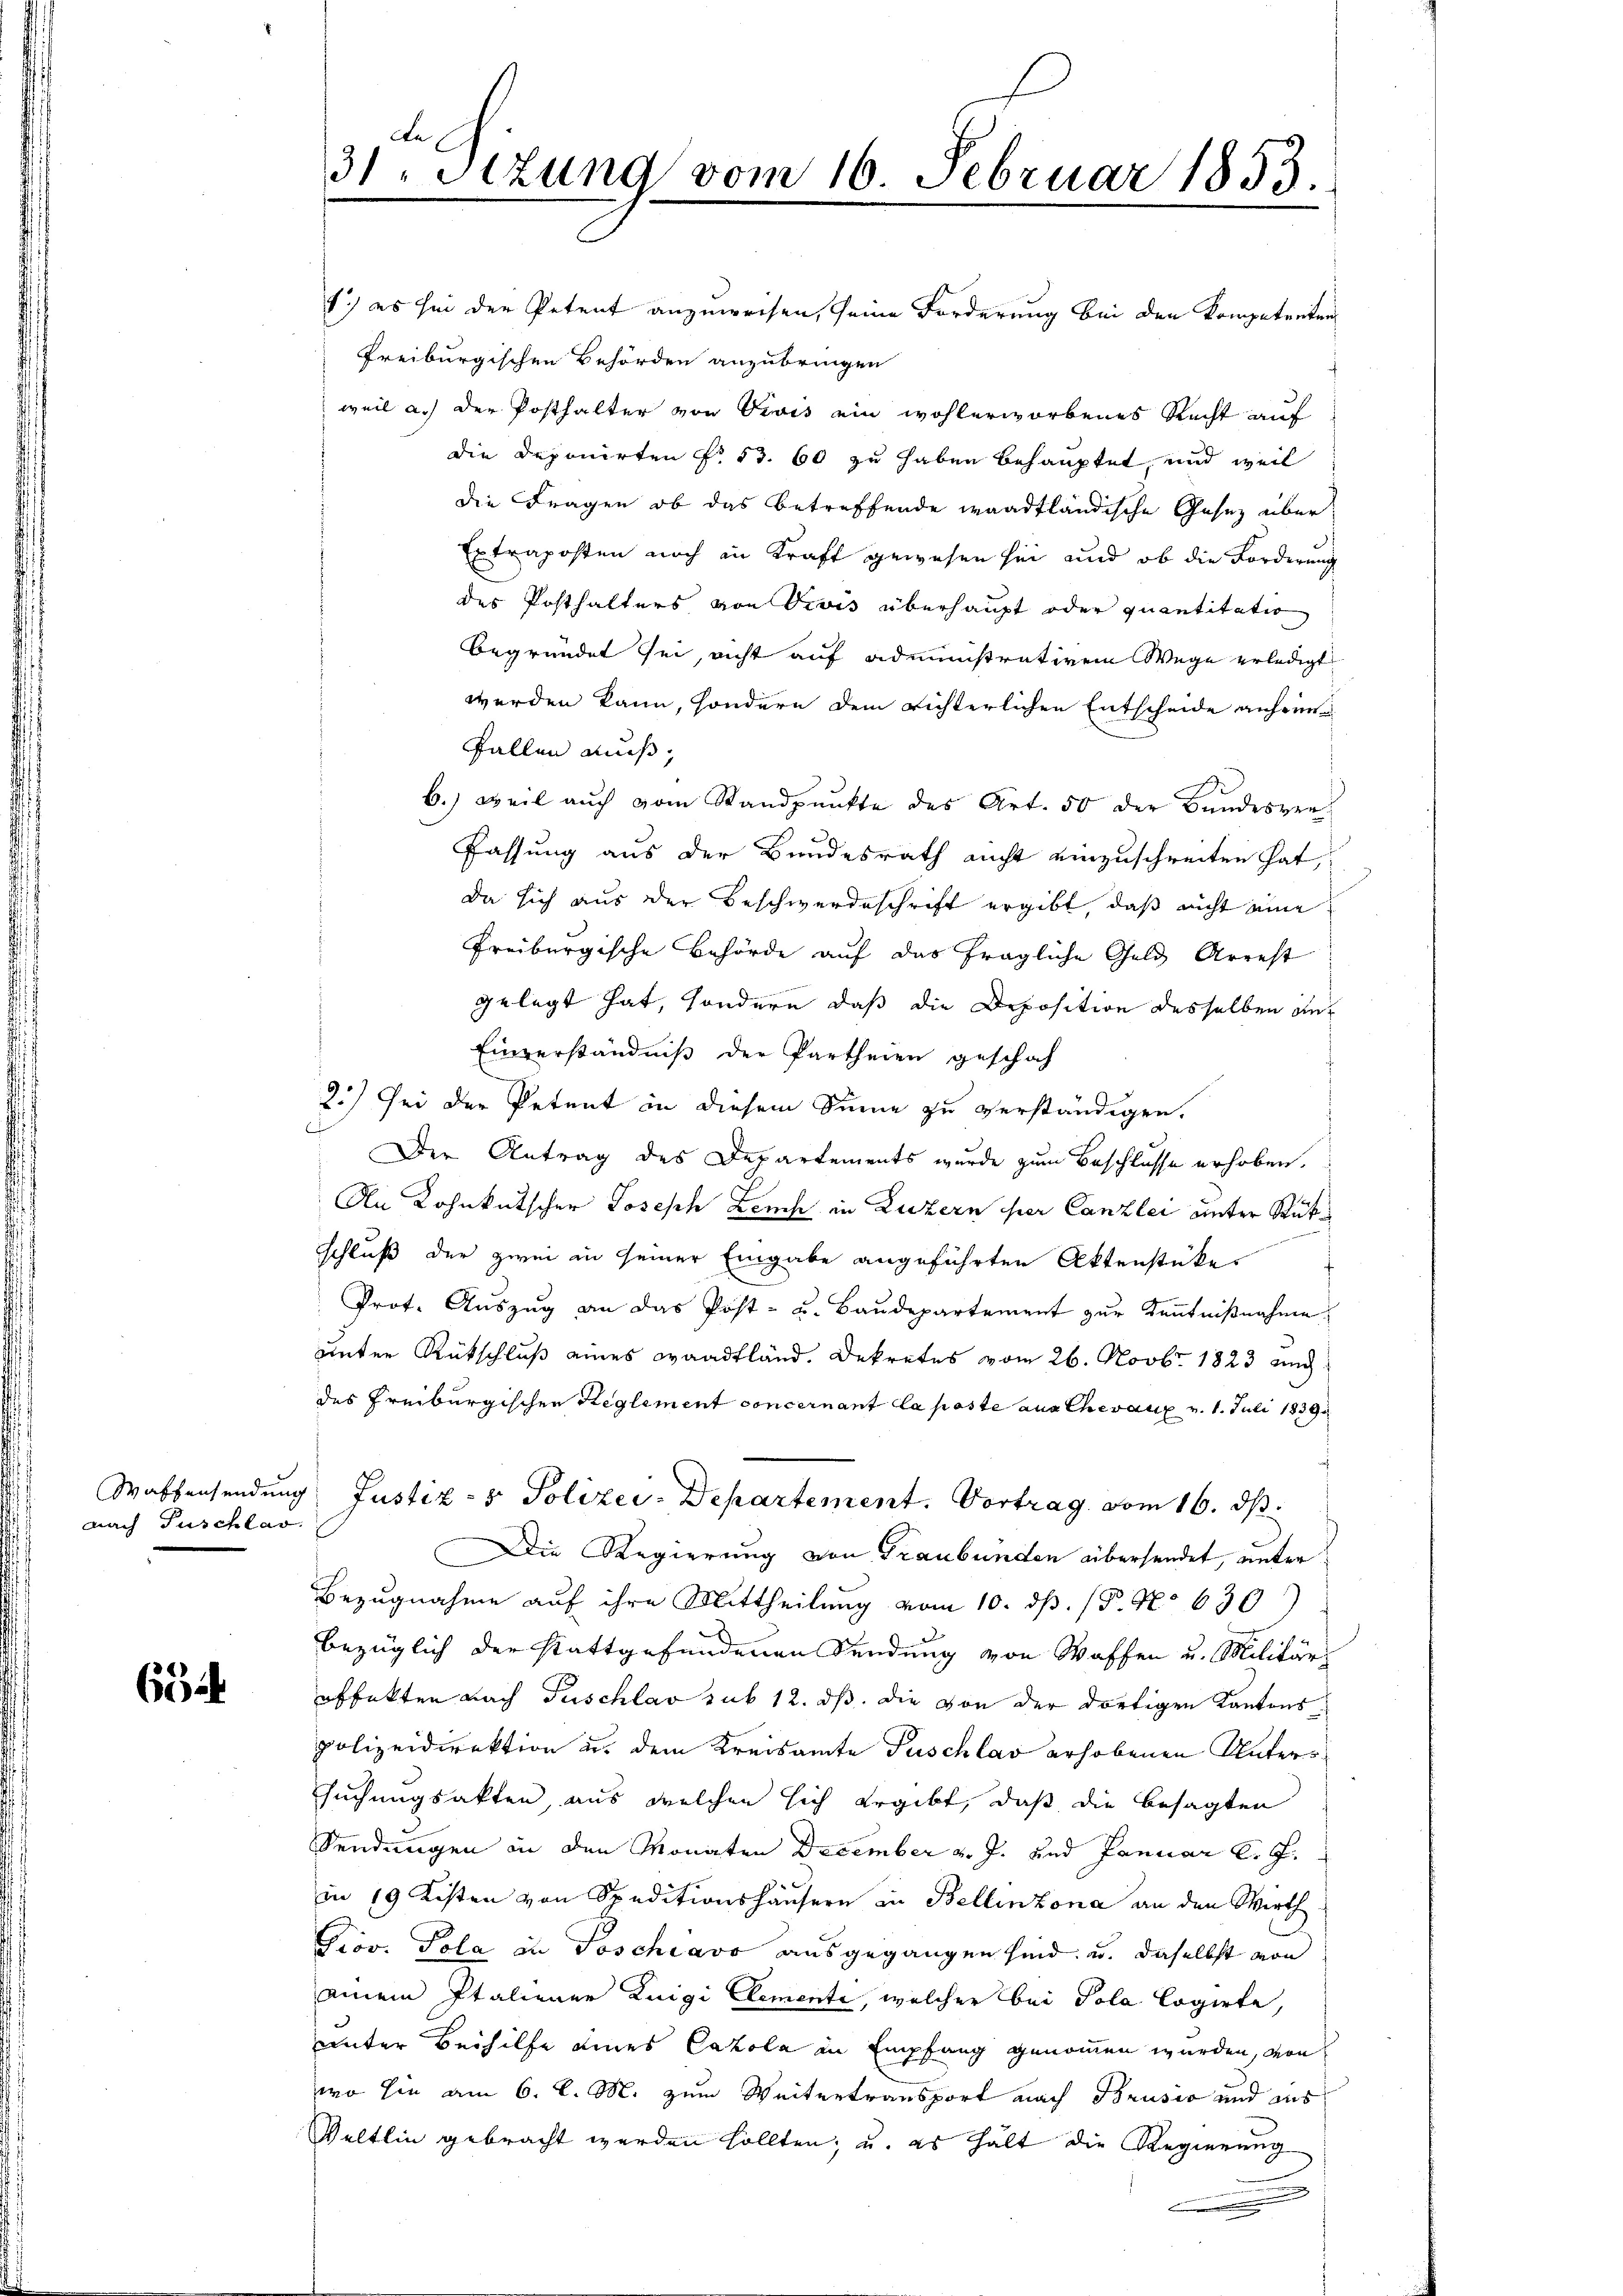
nach Puschlas

66

1) es sei der Petent anzuweisen, seine Forderung bei den kompetreten
freiburgischen Behörden anzubringen
weil a.) der Posthalter von Divis ein wohlerworbenes Recht auf
die Deponirten § 53. 60 zu haben behauptet, und weil
die Fragen, ob das betreffende waadtländische Gesez über
Extraposten noch in Kraft gewesen sei und ob die Forderung
des Posthalters von Divis überhaupt oder quantitatio
begründet sei, nicht auf administrativem Wege erledigt
werden kann, sondern dem richterlichen Entscheide anheim
Fallen muß,
b.) weil aŭch vom Standpŭnkte des Art. 50 der Bundesver-
Fassung aus der Bundesrath nicht einzuschreiten hat,
da sich aus der Beschwerdeschrift ergibt, daß nicht eine
Freiburgische Behörde auf das fragliche Geld Arrest
gelegt hat, sondern daß die Deposition desselben auf
Einverständniß der Partheien geschah
2.) Sei der Petent in diesem Sinne zu verständigen.
Der Antrag des Departements wurde zum Beschlusse erhoben.
An Lohnkutscher Joseph Leich in Luzern per Canzlei unter Rükschluß der zwei in seiner Eingabe angeführten Aktenstücke
Prot. Aŭszŭg an das Post- u. Baŭdepartement zŭr Kenntniβnahme
unter Rückschluß eines Waadtländ. Dekretes vom 26. Novbr. 1823 und
des Freiburgischen Reglement concernant la poste aus Chevaux v. 1. Juli 1839
Waffensendung Justiz- & Polizei-Departement. Vortrag vom 16. ds.
Die Regierung von Graubünden übersendet, unter
Bezugnahme auf ihre Mittheilung vom 10. ds. (T. No 630
bezüglich der stattgefundenen Sendung von Waffen u. Militärs
offekten nach Puschlav sub 12. ds. die von der dortigen Kantonspolizeidirektion u. dem Kreisamte Puschlav erhobenen Unterr
suchungsakten, aus welchen sich ergibt, daß die besagten
Sendungen in den Monaten December v. J. und Januar l. J.
in 19 Kisten von Speditionshäusern in Bellinzona an den Wirth
Prov. Pola in Poschiavo ausgegangen sind, u. daselbst von
einem Italiener Luigi Elemente, welcher bei Pola Cogirte,
unter Beihilfe eines Catola in Empfang genommen wurden, von
wo sie am 6. d. M. zum Weitertransport nach Brusio und aus
Weltlin gebracht werden sollten, u. es hält die Regierung
.

.
31 Stzung vom 16. Februar 1853.